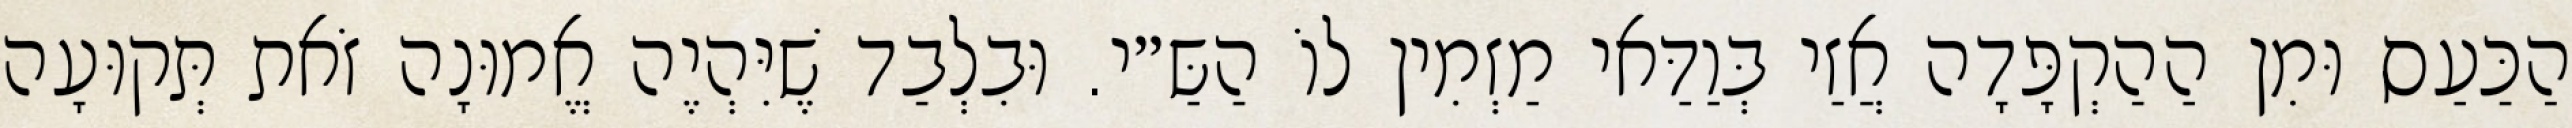
הַכַּעַס וּמִן הַהַקְפָּדָה אֲזַי בְּוַדַּאי מַזְמִין לוֹ הַשַּ״י. וּבִלְבַד שֶׁיִּהְיֶה אֱמוּנָה זֹאת תְּקוּעָה